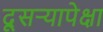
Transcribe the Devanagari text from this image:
दूसर्‍यापेक्षा